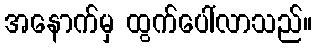
အနောက်မှ ထွက်ပေါ်လာသည်။